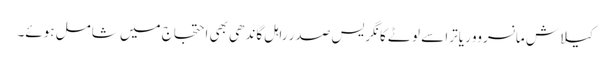
کیلاش مانسروور یاترا سے لوٹے کانگریس صدر راہل گاندھی بھی احتجاج میں شامل ہوئے۔